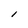
Character: l